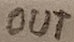
Text: OUT